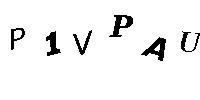
P1VPAU